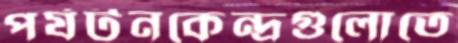
পর্যটনকেন্দ্রগুলোতে